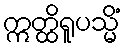
ဣတ္ထိရူပသ္မိံ